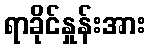
ရာခိုင်နှုန်းအား